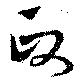
政